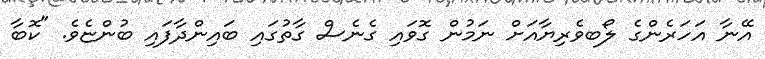
އޭނާ އަހަރެންގެ ލޯބވެރިޔާއަށް ނަމުން ގޮވައި ގެނެސް ގާތުގައި ބައިންދާފައި ބުންޏެވެ. "ކޮބާ